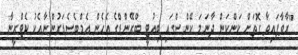
''ރާވާފައިވާ ގޮތަށް ކަންކަން ދާނަމަ ކޭންސްގައި ބިއުޓީ ބްރޭންޑްގެ އެހެން އެމްބެސެޑަރުންނާއެކު ކެޓްރީނާ